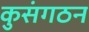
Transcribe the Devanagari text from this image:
कुसंगठन